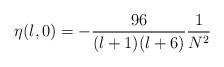
LaTeX: \begin{align*}\eta(l,0) = -\frac{96}{(l+1)(l+6)}\frac{1}{N^2}\end{align*}